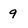
Character: 9